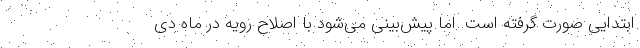
ابتدایی صورت گرفته است. اما پیش‌بینی می‌شود با اصلاح رویه در ماه دی